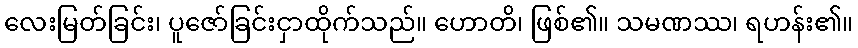
လေးမြတ်ခြင်း၊ ပူဇော်ခြင်းငှာထိုက်သည်။ ဟောတိ၊ ဖြစ်၏။ သမဏဿ၊ ရဟန်း၏။